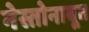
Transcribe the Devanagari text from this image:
नेस्तोनाबूत